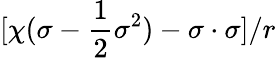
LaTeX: [\chi(\sigma-\frac{1}{2}\sigma^{2})-\sigma\cdot\sigma]/r